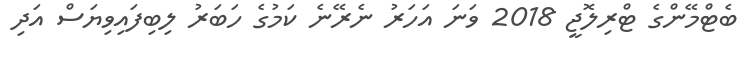
ބެޓްމޭންގެ ޓްރިލޮޖީ 2018 ވަނަ އަހަރު ނެރޭނެ ކަމުގެ ހަބަރު ލިބިފައިވިޔަސް އަދި